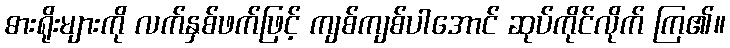
ဓားရိုးများကို လက်နှစ်ဖက်ဖြင့် ကျစ်ကျစ်ပါအောင် ဆုပ်ကိုင်လိုက် ကြ၏။